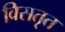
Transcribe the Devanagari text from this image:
विसतृत